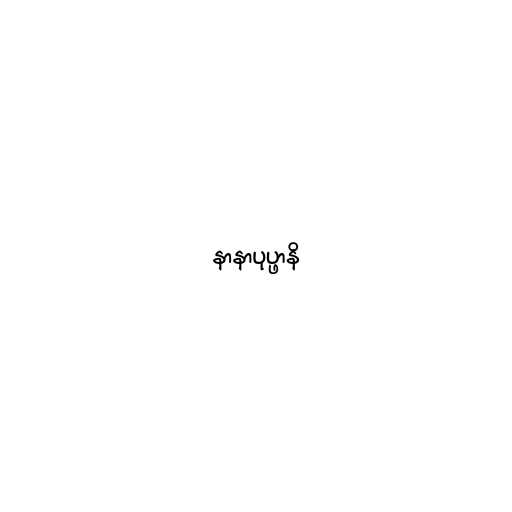
နာနာပုပ္ဖာနိ